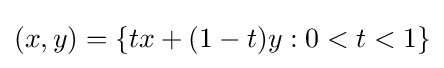
(x,y)=\{tx+(1-t)y:0<t<1\}